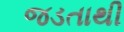
જડતાથી